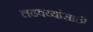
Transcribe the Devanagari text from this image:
लढवय्यांसाठी